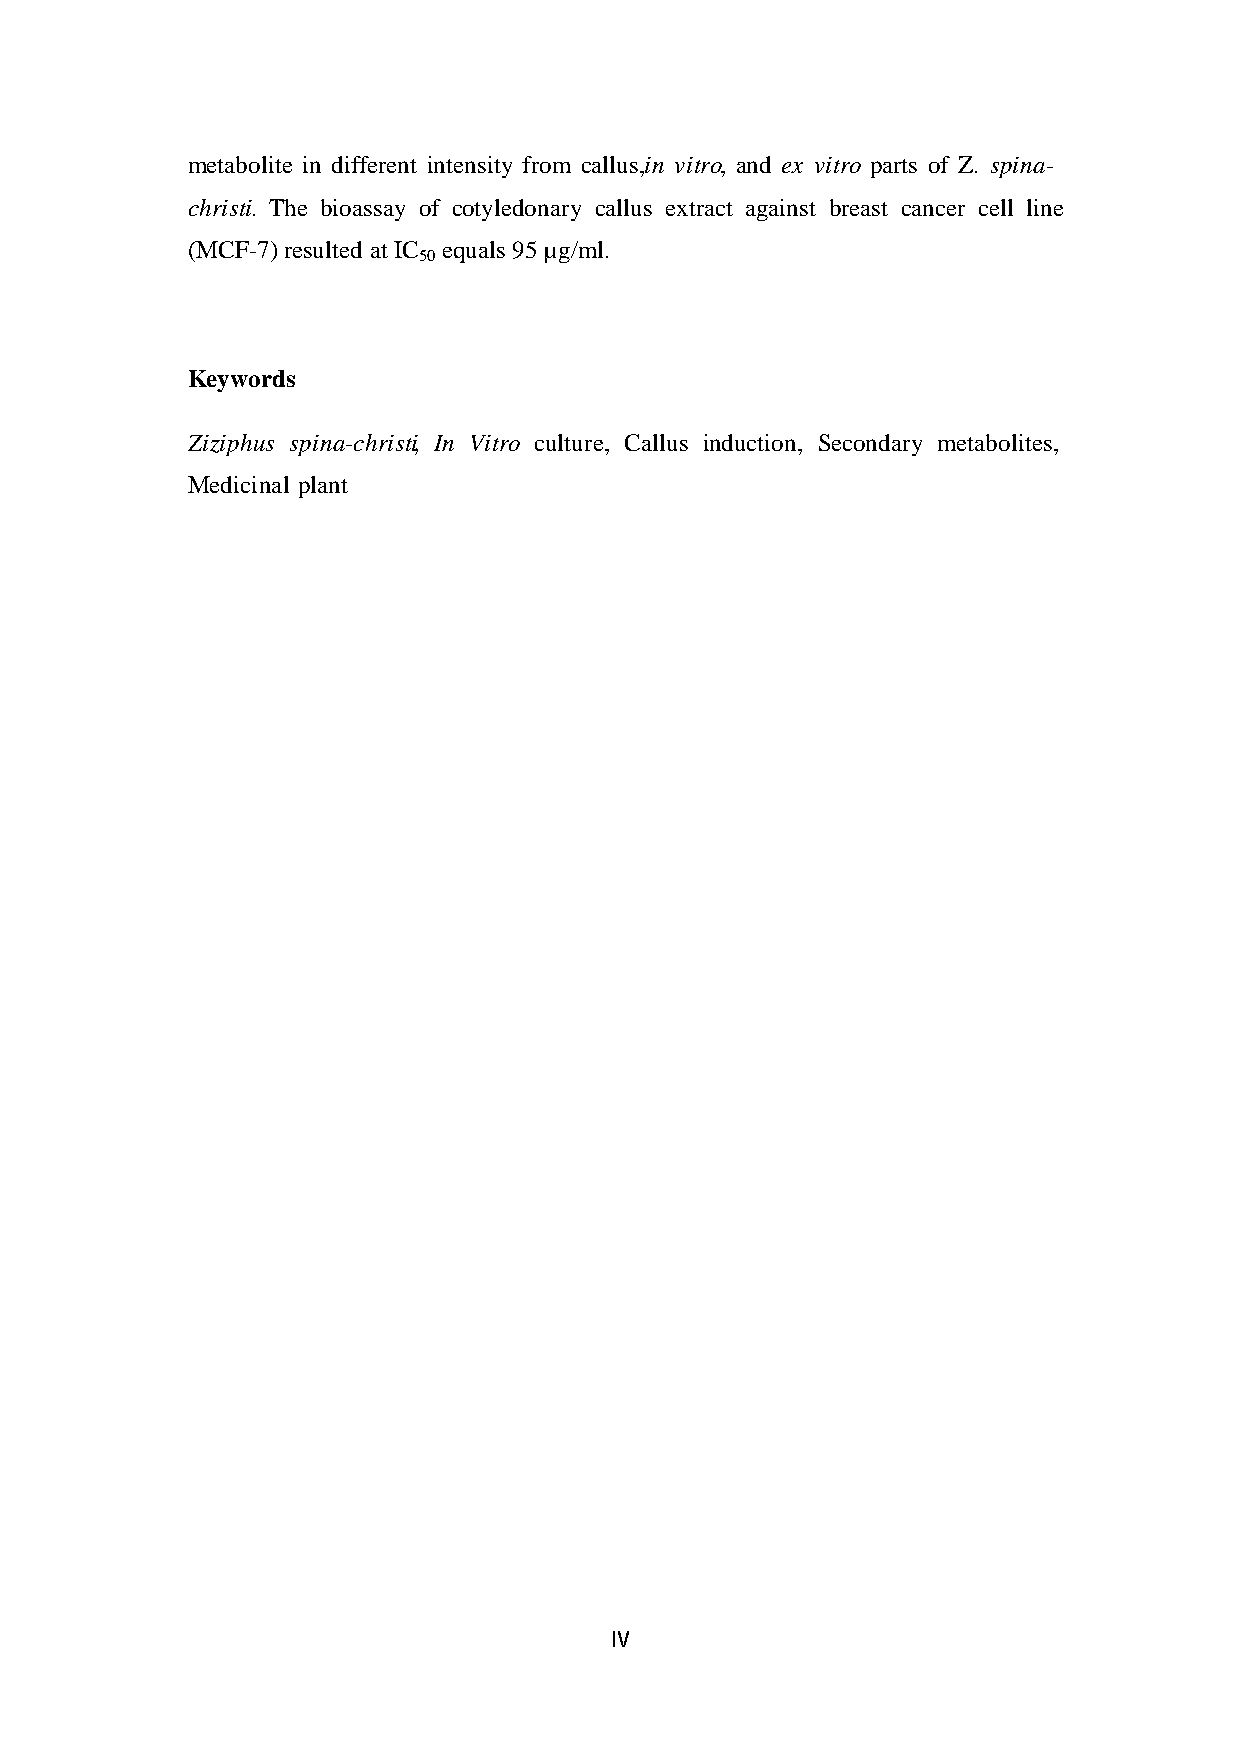
metabolite in different intensity from callus, in vitro, and ex vitro parts of Z . spina-
 christi. The bioassay of cotyledonary callus extract against breast cancer cell line
 (MCF-7) resulted at IC equals 95 µg/ml.
 50
 Keywords
 Ziziphus spina-christi , In Vitro culture, Callus induction, Secondary metabolites,
 Medicinal plant
 IV